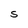
Character: S